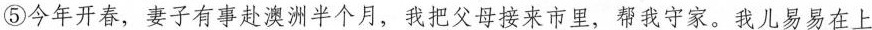
⑤今年开春，妻子有事赴澳洲半个月，我把父母接来市里，帮我守家。我儿易易在上